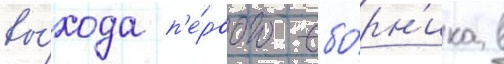
вы́хода п'е́рвого сбо́рн'ика в